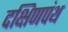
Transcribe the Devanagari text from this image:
दक्षिणपंथ